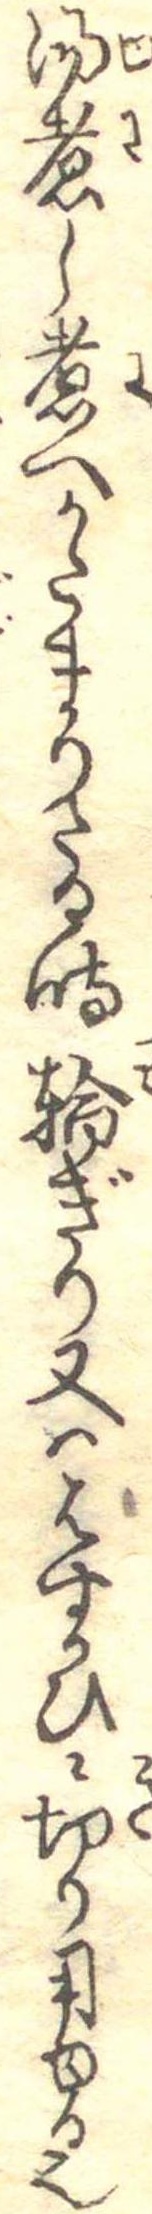
湯煮し煮へかたまりたる時輪ぎり又ははすかひに切り用ゆる也